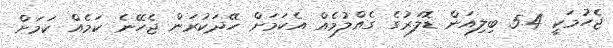
ޖެހުމަކީ 5.4 ބިލިއަން ޑޮލަރުގެ ގެއްލުމެއް އެކަމަށް ހޭދަކުރަން ޖެހޭނެ ކަމެއް ކަމަށް